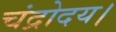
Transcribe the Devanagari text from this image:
चंद्रोदय।